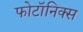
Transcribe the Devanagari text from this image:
फोटॉनिक्स